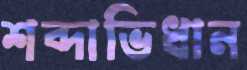
শব্দাভিধান